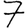
Digit: 7